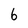
Character: 6